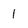
Character: 1